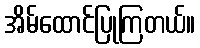
အိမ်ထောင်ပြုကြတယ်။